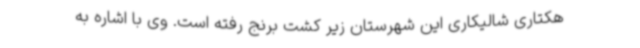
هکتاری شالیکاری این شهرستان زیر کشت برنج رفته است. وی با اشاره به